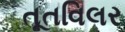
તૂતવિલર